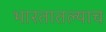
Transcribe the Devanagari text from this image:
भारतातल्याच